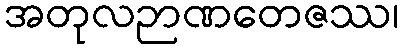
အတုလဉာဏတေဇဿ၊